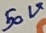
Text: 50V